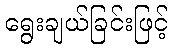
ရွေးချယ်ခြင်းဖြင့်